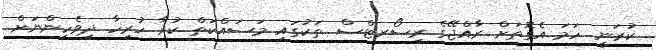
ކުރަނީ. ހަމަ އެގޮތަށް ރާއްޖޭގެ ރިސޯރޓްސް ތަކުގައި މަސައްކަތް ކުރާ ހުރިހާ ދިވެހިންނަށް